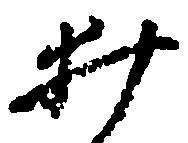
井